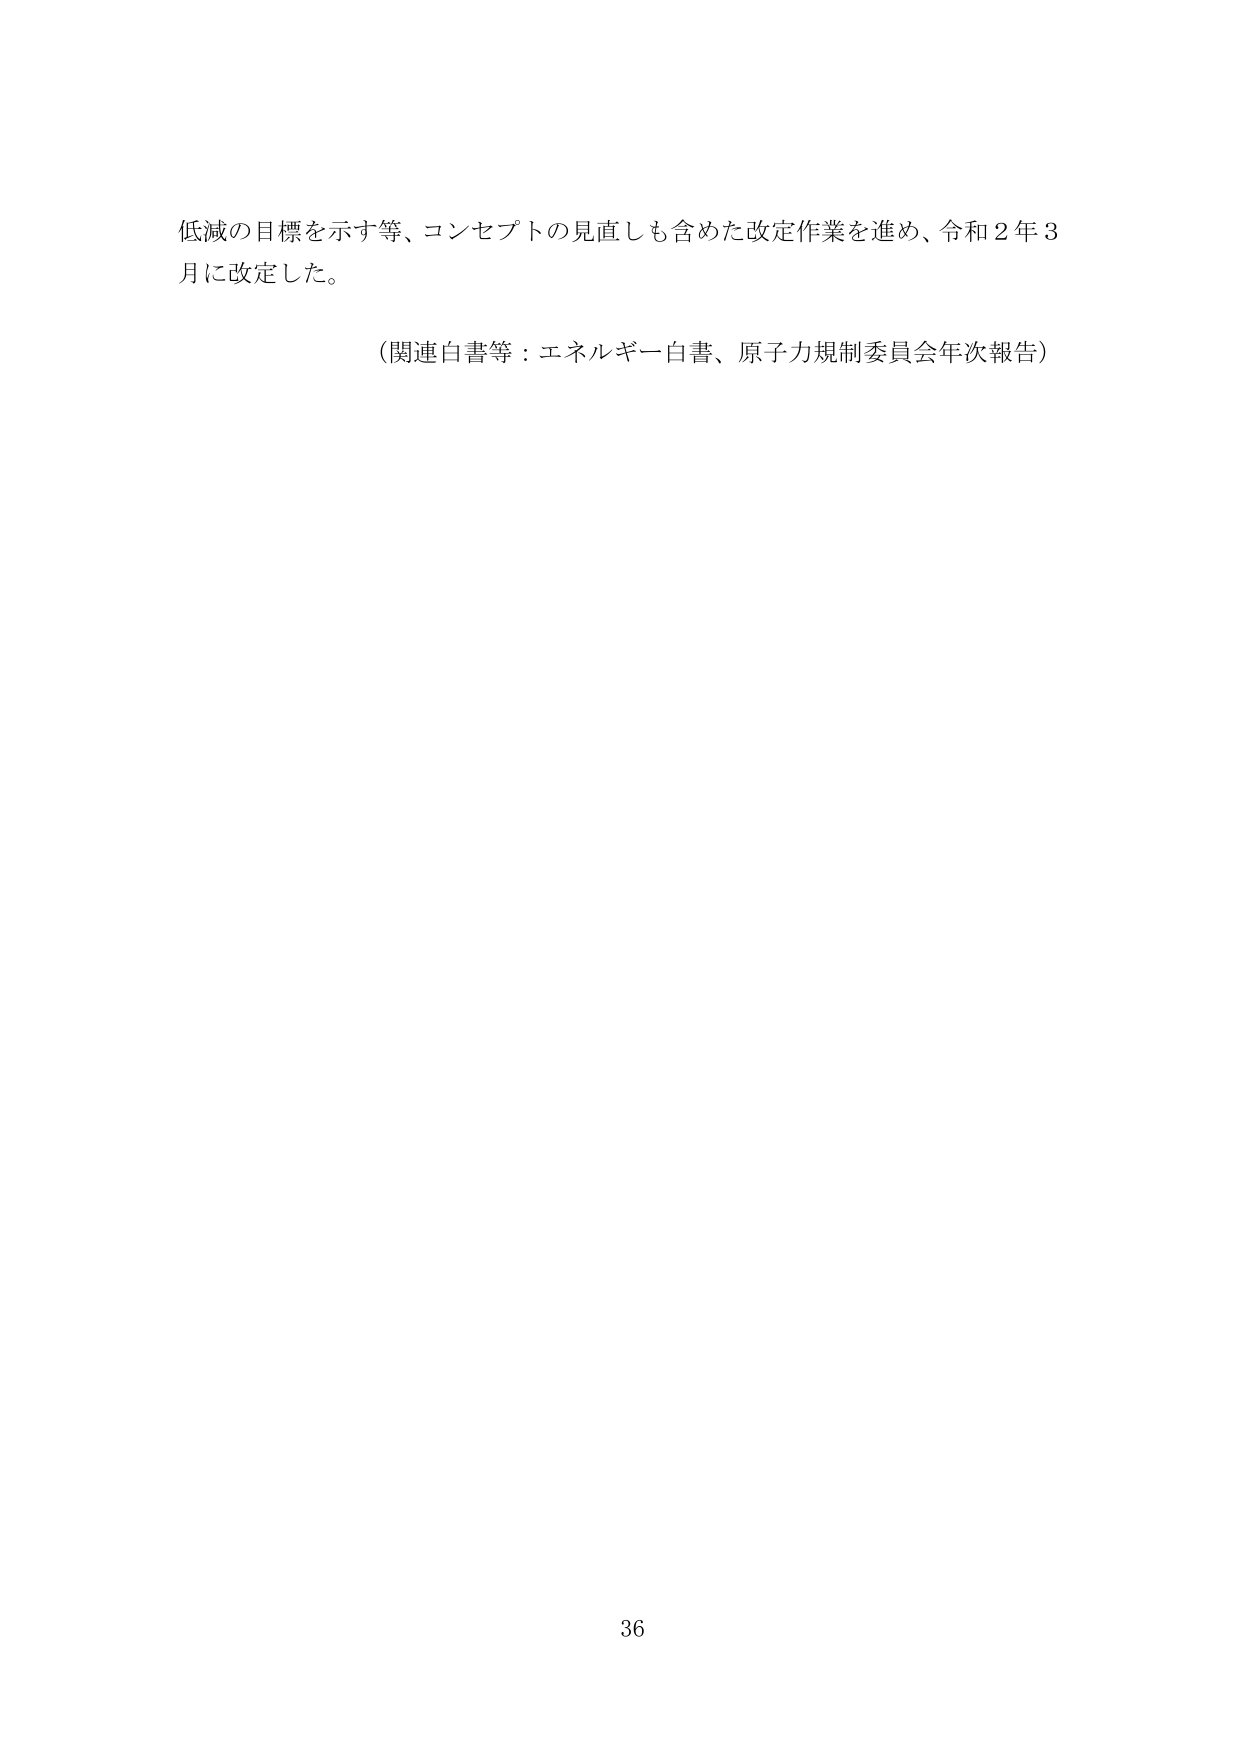
低減の目標を示す等、コンセプトの見直しも含めた改定作業を進め、令和２年３月に改定した。

（関連白書等：エネルギー白書、原子力規制委員会年次報告）

36